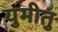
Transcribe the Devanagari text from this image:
युमीतु